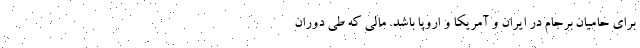
برای حامیان برجام در ایران و آمریکا و اروپا باشد. مالی که طی دوران